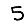
Digit: 5